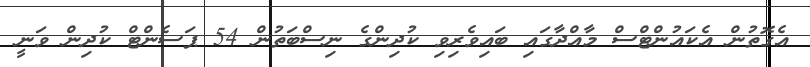
އެގޮތުން އެކައުންޓްސް މާއްދާގައި ބައިވެރިވި ކުދިންގެ ނިސްބަތުން 54 ޕަސެންޓް ކުދިން ވަނީ